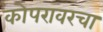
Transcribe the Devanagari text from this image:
कोपरावरचा